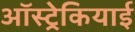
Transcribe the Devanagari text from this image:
ऑस्ट्रेकियाई